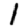
Digit: 1